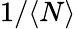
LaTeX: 1/\langle N\rangle